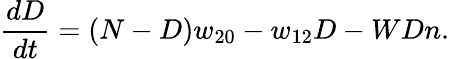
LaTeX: \frac{dD}{dt}=\left(N-D\right)w_{20}-w_{12}D-WDn.